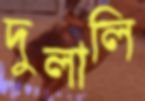
দুলালি